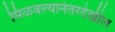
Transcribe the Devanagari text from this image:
मिळवल्यानंतरदेखील